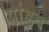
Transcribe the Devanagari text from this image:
।पांडव